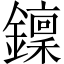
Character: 𨮍